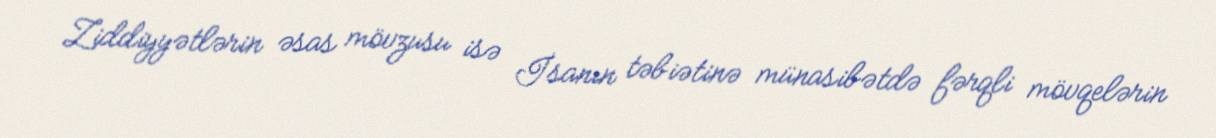
Ziddiyyətlərin əsas mövzusu isə İsanın təbiətinə münasibətdə fərqli mövqelərin